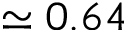
\simeq 0 . 6 4